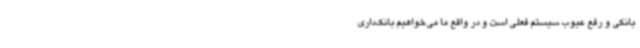
بانکی و رفع عیوب سیستم فعلی است و در واقع ما می‌خواهیم بانک‌داری